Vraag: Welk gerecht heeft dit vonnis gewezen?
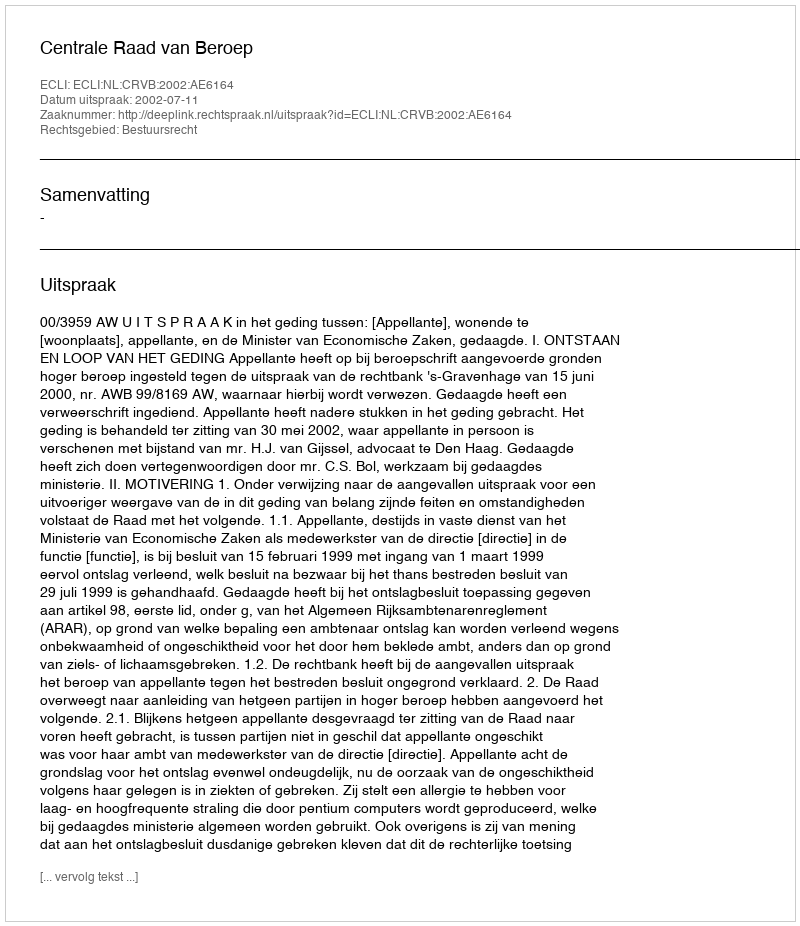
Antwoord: Centrale Raad van Beroep